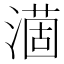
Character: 𣾟